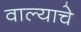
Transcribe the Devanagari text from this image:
वाल्याचे